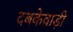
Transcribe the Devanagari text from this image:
दबकेवाड़ी